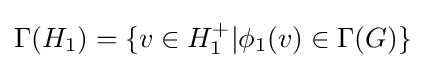
\Gamma (H_{1})=\{v\in H_{1}^{+}|\phi _{1}(v)\in \Gamma (G)\}